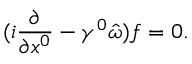
( i \frac { \partial } { \partial x ^ { 0 } } - \gamma ^ { 0 } \hat { \omega } ) f = 0 .